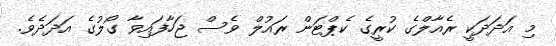
މި އަދަދަކީ ރެއާލްގެ ކުރީގެ ކެޕްޓަން ރައުލް ވެސް ޖަހާފައިވާ ގޯލުގެ އަދަދެވެ.